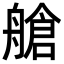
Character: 艙